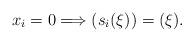
LaTeX: \begin{align*} x_i = 0 \Longrightarrow (s_i(\xi)) = (\xi).\end{align*}